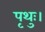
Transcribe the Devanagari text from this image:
पृथुः।